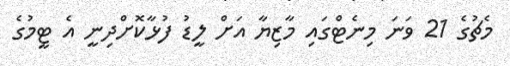
މެޗުގެ 21 ވަނަ މިނެޓްގައި މާޒިޔާ އަށް ލީޑު ފުޅާކޮށްދިނީ އެ ޓީމުގެ